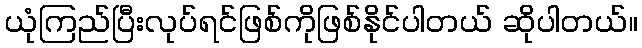
ယုံကြည်ပြီးလုပ်ရင်ဖြစ်ကိုဖြစ်နိုင်ပါတယ် ဆိုပါတယ်။